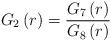
LaTeX: \begin{align*}G_{2}\left(r\right)=\frac{G_{7}\left(r\right)}{G_{8}\left(r\right)}\end{align*}